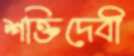
শক্তিদেবী